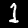
Label: 1